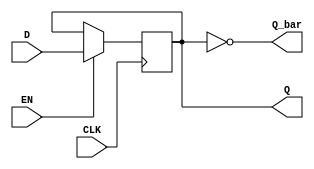
module edge_triggered_gated_latch (
    input wire D,        // Data input
    input wire CLK,      // Clock input
    input wire EN,       // Enable input
    output reg Q,        // Output Q
    output wire Q_bar    // Complement of Q
);

// Assign the complement of Q
assign Q_bar = ~Q;

// On the rising edge of CLK
always @(posedge CLK) begin
    if (EN) begin
        Q <= D; // Capture data input D into output Q
    end
    // If EN is low, Q retains its previous state
end

endmodule